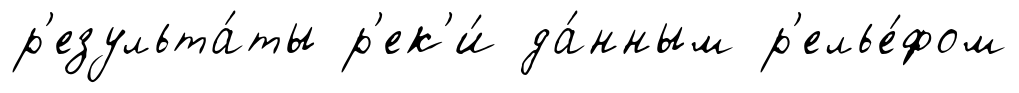
р'езульта́ты р'ек'и́ да́нным р'елье́фом